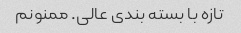
تازه با بسته بندی عالی. ممنونم